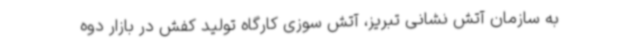
به سازمان آتش نشانی تبریز، آتش سوزی کارگاه تولید کفش در بازار دوه